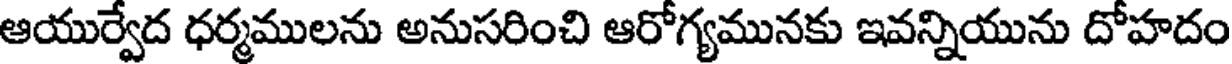
ఆయుర్వేద ధర్మములను అనుసరించి ఆరోగ్యమునకు ఇవన్నియును దోహదం